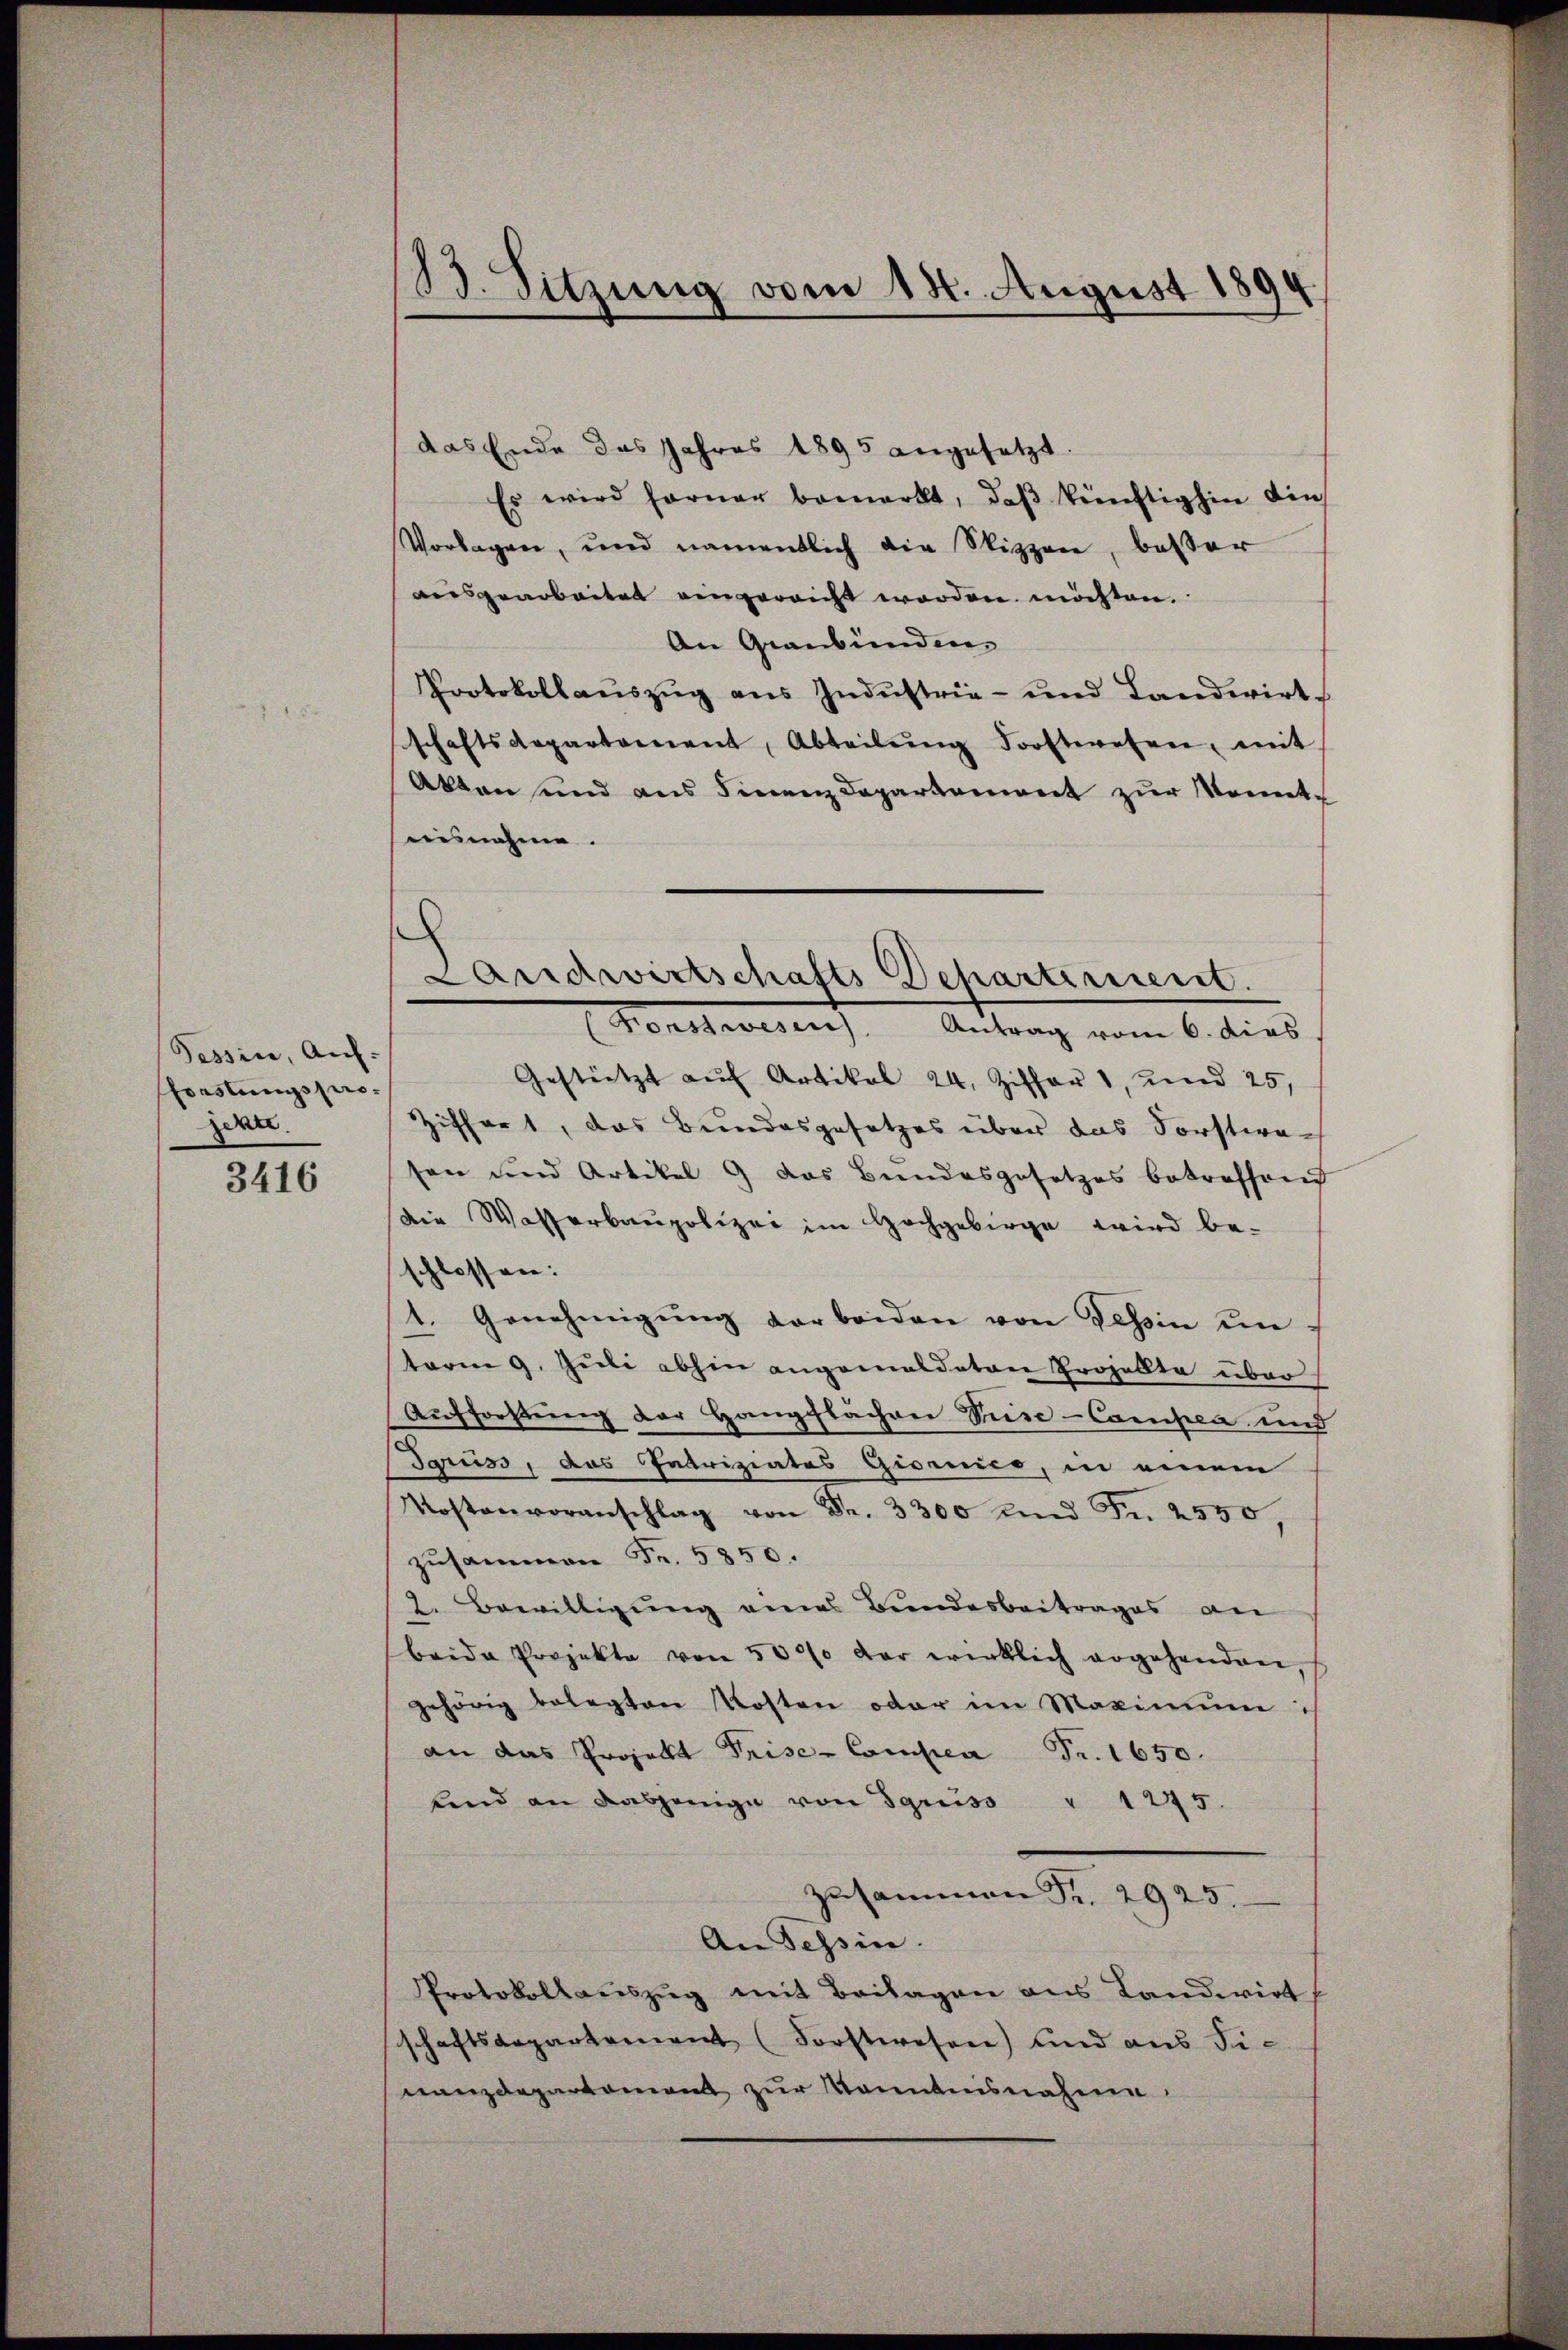
Tessin, auf:
Foastungsprozern.

3416

23. Sitzung vom 18. August 1894.

das Ende das Jahres 1895 angesetzt
Es wird ferner bemerkt, daß künftighin din
Vorlagen, und namentlich die Sippere, besser
ausgearbeitet eingereicht worden möchten.
An Graubünden
Protokollauszug aus Industrie- und Landwirt
schaftsdepartement, Abteilŭng Forstwesen, mit
Akten und aus Finanzdepartement zur Monnte
aisnahme.
Gestützt aŭf Artikal 24. Ziffer 1, und 25,
Ziffert, das Bundesgesetzes über das Forstwasen und Artikel 9 das Bundesgesetzes betreffend
die Wasserbaupolizei im Hochgebirge wird be-
schlossen:
t. Genehmigŭng der beiden von Tessin unterm 9. Juli abhin angemeldeten Projellte über
Aufforstung der Hangflächen Suise-Campen und
Sgruss, das Intriziates Giornico, in einem
Kostenvoranschlag von Fr. 3300 und Fr. 2550.
zusammen Fr. 5850.
2. Bewilligŭng ans Bundesbeitrages an
beide Projekte von 5000 der wirklich angehenden
gehörig belegten Kosten oder im Maximum:
an das Projekt Prise- Compea Fr. 1650.
fend an dasjenige von Sgruss " 1275.
Zusammen Fr. 2925.
An Tessin.
Protokollauszug mit Beilagen aus Landwirt
schaftsdepartement (Forstwesen) und aus Fi-
nanzdepartement zur Kenntnisnahme

e
Landwirtschafts Departeriert.
Konstwesen). Antrag vom 6. dies